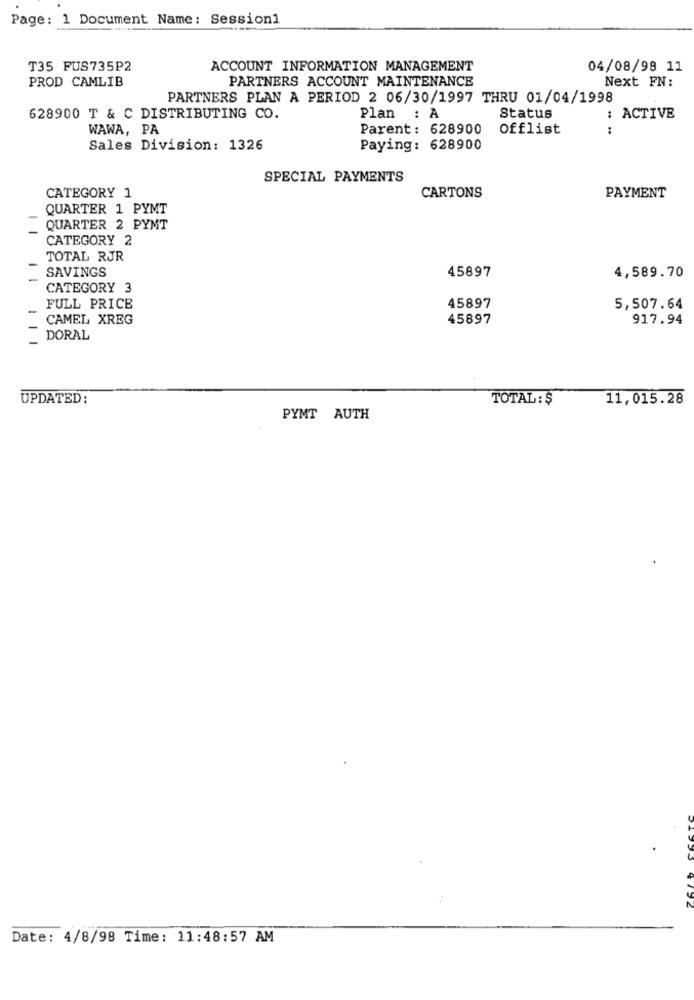
Page: 1 Document Name: Session1
T35 FUS735P2
ACCOUNT INFORMATION MANAGEMENT
04/08/98 11
PROD CAMLIB
PARTNERS ACCOUNT MAINTENANCE
Next FN:
PARTNERS PLAN A PERIOD 2 06/30/1997 THRU 01/04/1998
628900 T & C DISTRIBUTING CO.
Plan : A
Status
ACTIVE
WAWA, PA
Parent: 628900
Offlist
. .
Sales Division: 1326
Paying: 628900
SPECIAL PAYMENTS
CATEGORY 1
CARTONS
PAYMENT
QUARTER 1 PYMT
QUARTER 2 PYMT
CATEGORY 2
TOTAL RJR
SAVINGS
45897
4,589.70
CATEGORY 3
FULL PRICE
45897
5,507.64
CAMEL XREG
45897
917.94
DORAL
UPDATED:
TOTAL : $
11,015.28
PYMT AUTH
Date: 4/8/98 Time: 11:48:57 AM